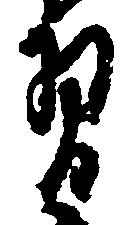
習